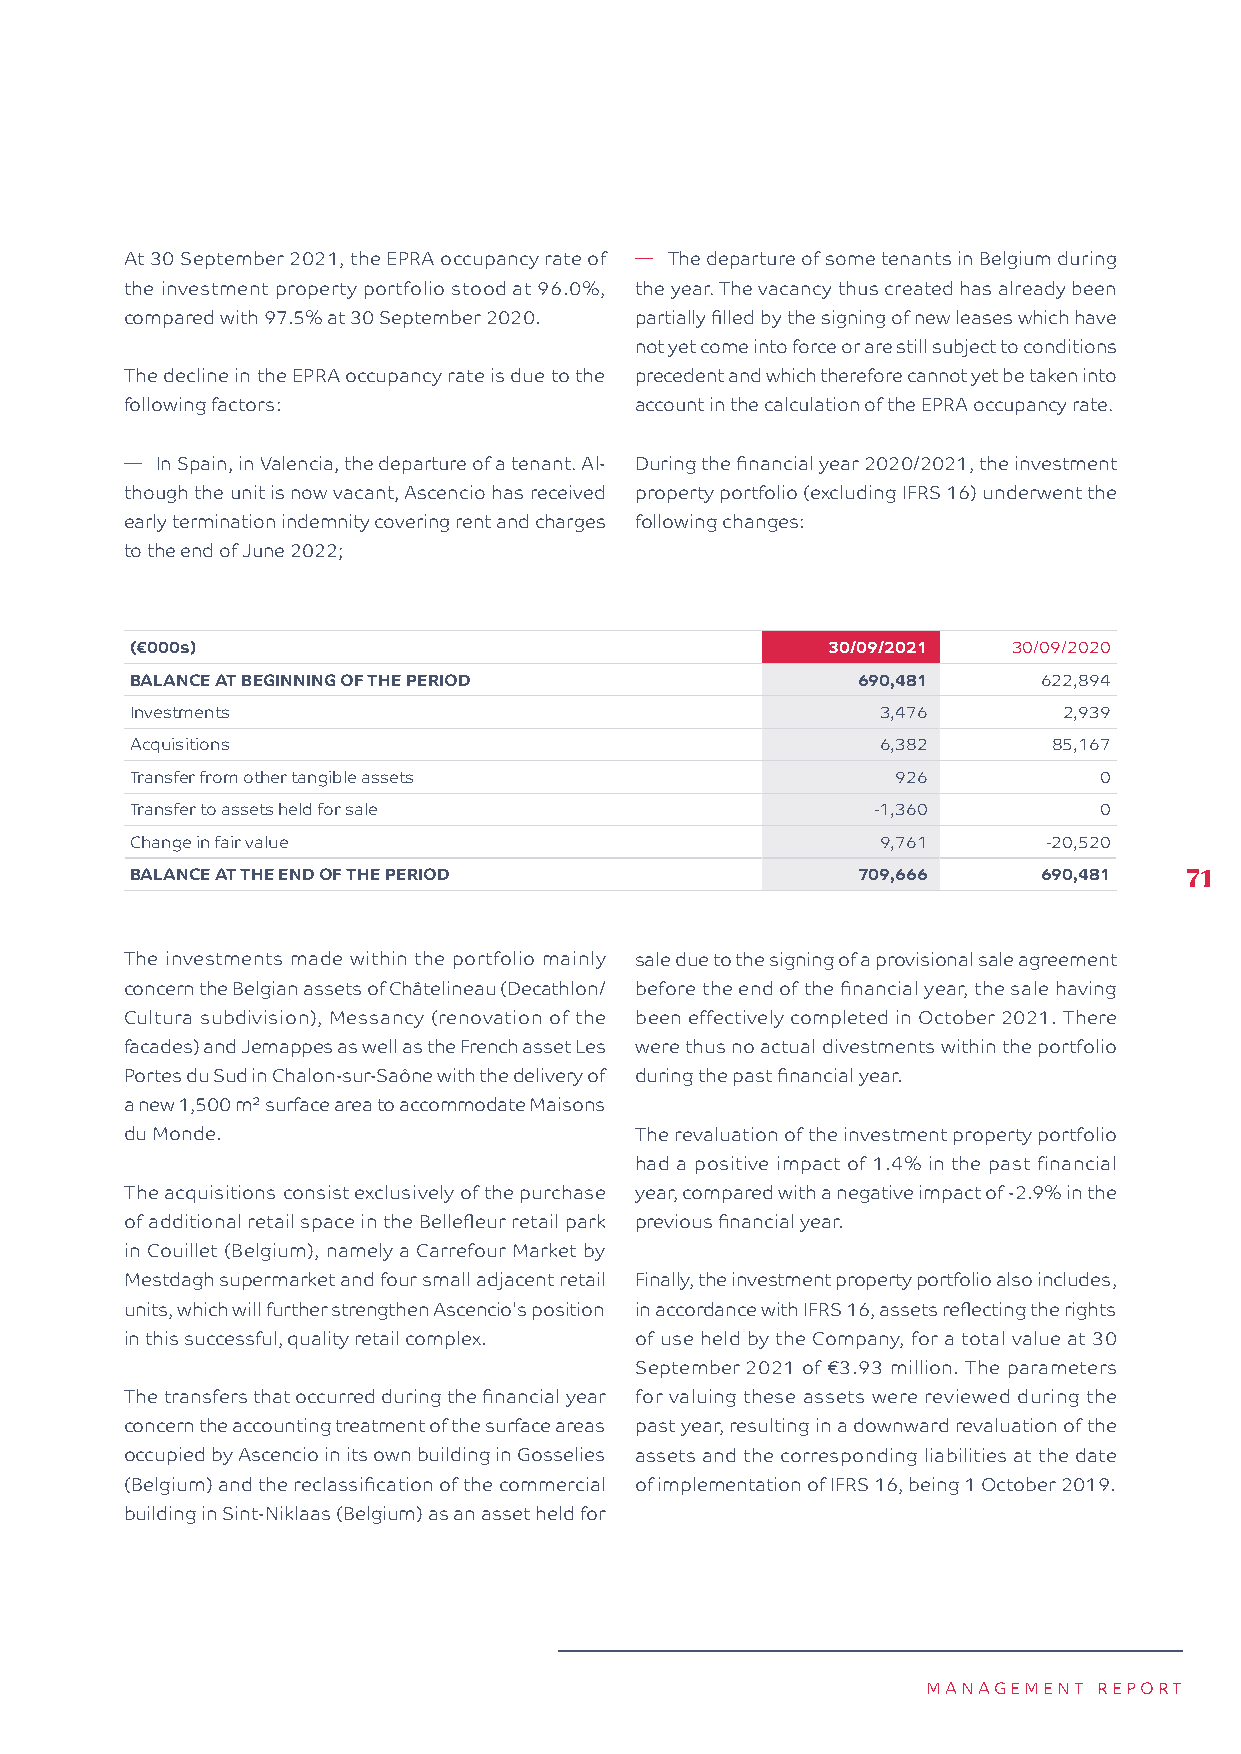
At 30 September 2021, the EPRA occupancy rate of � The departure of some tenants in Belgium during
 the investment property portfolio stood at 96.0%, the year. The vacancy thus created has already been
 compared with 97.5% at 30 September 2020. partially filled by the signing of new leases which have
 not yet come into force or are still subject to conditions
 The decline in the EPRA occupancy rate is due to the precedent and which therefore cannot yet be taken into
 following factors:                account in the calculation of the EPRA occupancy rate.
 � In Spain, in Valencia, the departure of a tenant. Al- During the financial year 2020/2021, the investment
 though the unit is now vacant, Ascencio has received property portfolio (excluding IFRS 16) underwent the
 early termination indemnity covering rent and charges following changes:
 to the end of June 2022;
 (€000s)                                       30/09/2021  30/09/2020
 BALANCE AT BEGINNING OF THE PERIOD              690,481     622,894
 Investments                                      3,476       2,939
 Acquisitions                                     6,382       85,167
 Transfer from other tangible assets               926           0
 Transfer to assets held for sale                 -1,360         0
 Change in fair value                             9,761      -20,520
 BALANCE AT THE END OF THE PERIOD                709,666     690,481  71
 The investments made within the portfolio mainly sale due to the signing of a provisional sale agreement
 concern the Belgian assets of Châtelineau (Decathlon/ before the end of the financial year, the sale having
 Cultura subdivision), Messancy (renovation of the been effectively completed in October 2021. There
 facades) and Jemappes as well as the French asset Les were thus no actual divestments within the portfolio
 Portes du Sud in Chalon-sur-Saône with the delivery of during the past financial year.
 a new 1,500 m² surface area to accommodate Maisons
 du Monde.                         The revaluation of the investment property portfolio
 had a positive impact of 1.4% in the past financial
 The acquisitions consist exclusively of the purchase year, compared with a negative impact of -2.9% in the
 of additional retail space in the Bellefleur retail park previous financial year.
 in Couillet (Belgium), namely a Carrefour Market by
 Mestdagh supermarket and four small adjacent retail Finally, the investment property portfolio also includes,
 units, which will further strengthen Ascencio's position in accordance with IFRS 16, assets reflecting the rights
 in this successful, quality retail complex. of use held by the Company, for a total value at 30
 September 2021 of €3.93 million. The parameters
 The transfers that occurred during the financial year for valuing these assets were reviewed during the
 concern the accounting treatment of the surface areas past year, resulting in a downward revaluation of the
 occupied by Ascencio in its own building in Gosselies assets and the corresponding liabilities at the date
 (Belgium) and the reclassification of the commercial of implementation of IFRS 16, being 1 October 2019.
 building in Sint-Niklaas (Belgium) as an asset held for
 MANAGEMENT  REPORT